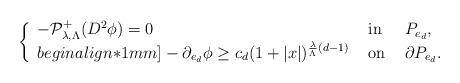
LaTeX: \begin{align*}\left\{\begin{array}{lll}-\mathcal{P}^+_{\lambda,\Lambda}(D^2\phi) = 0 & \hbox{ in } & P_{e_d}, \\begin{align*}1mm]-\partial_{e_d}\phi \geq c_d(1+|x|)^{\frac{\lambda}{\Lambda} (d-1)} & \hbox{ on } & \partial P_{e_d}.\end{array}\right.\end{align*}